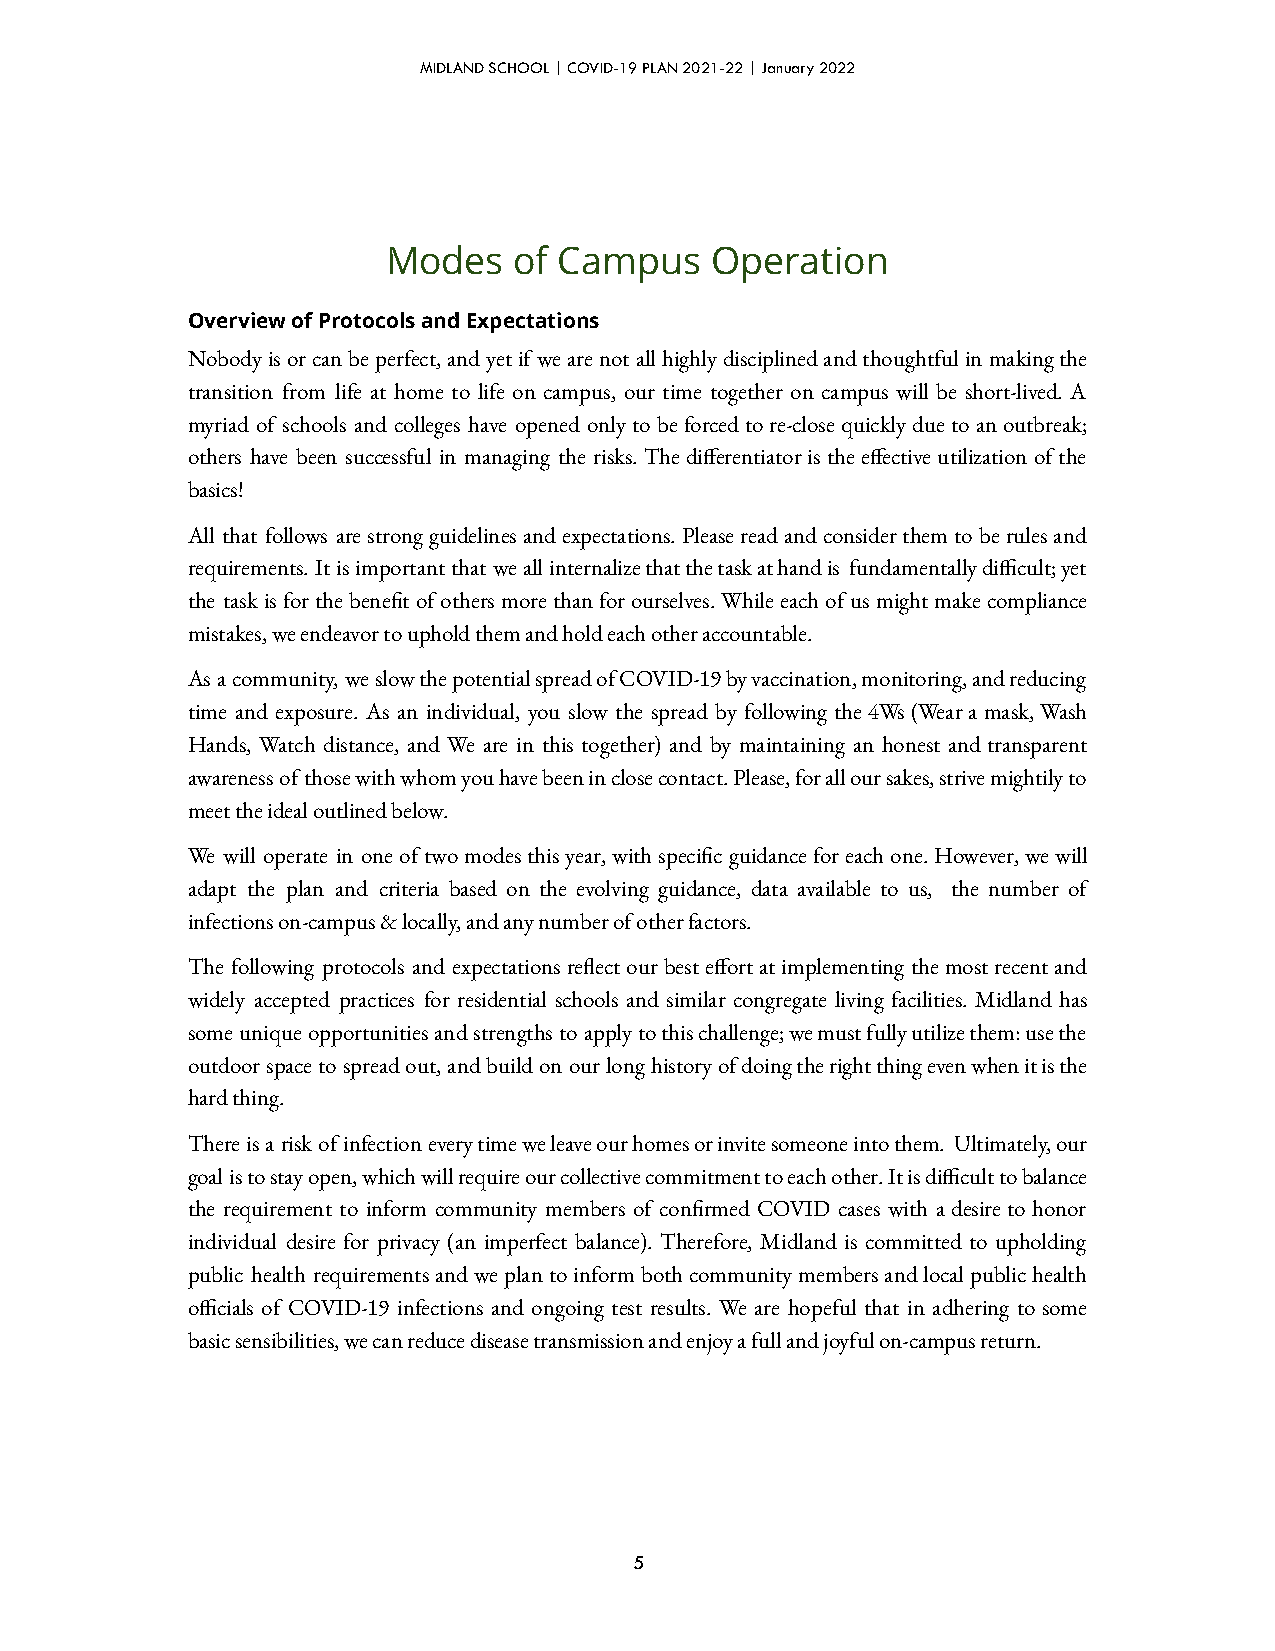
MIDLAND SCHOOL | COVID-19 PLAN 2021-22 | January 2022
 Modes   of Campus    Operation
 Overview of Protocols and Expectations
 Nobodyisorcanbeperfect,andyetifwearenotallhighlydisciplinedandthoughtfulinmakingthe
 transition from life at home to life on campus, our time together on campus will be short-lived. A
 myriad of schools and colleges have opened onlytobeforcedtore-closequicklyduetoanoutbreak;
 others have been successful in managing the risks.Thedierentiatoristheeectiveutilizationofthe
 basics!
 All that follows arestrongguidelinesandexpectations.Pleasereadandconsiderthemtoberulesand
 requirements.Itisimportantthatweallinternalizethatthetaskathandis fundamentallydicult;yet
 the taskisforthebenetofothersmorethanforourselves.Whileeachofusmightmakecompliance
 mistakes, we endeavor to uphold them and hold each other accountable.
 Asacommunity,weslowthepotentialspreadofCOVID-19byvaccination,monitoring,andreducing
 time and exposure. As an individual, you slow the spread by followingthe4Ws(Wearamask,Wash
 Hands, Watch distance, and We are in this together) and by maintaining an honest andtransparent
 awarenessofthosewithwhomyouhavebeeninclosecontact.Please,foralloursakes,strivemightilyto
 meet the ideal outlined below.
 We will operate in oneoftwomodesthisyear,withspecicguidanceforeachone.However,wewill
 adapt the plan and criteria based on the evolving guidance, data available to us, the number of
 infections on-campus & locally, and any number of other factors.
 The following protocols and expectationsreectourbesteortatimplementingthemostrecentand
 widely accepted practices for residential schools and similar congregate living facilities. Midland has
 someuniqueopportunitiesandstrengthstoapplytothischallenge;wemustfullyutilizethem:usethe
 outdoorspacetospreadout,andbuildonourlonghistoryofdoingtherightthingevenwhenitisthe
 hard thing.
 Thereisariskofinfectioneverytimeweleaveourhomesorinvitesomeoneintothem. Ultimately,our
 goalistostayopen,whichwillrequireourcollectivecommitmenttoeachother.Itisdiculttobalance
 the requirement to inform community members of conrmed COVID cases with adesiretohonor
 individual desire for privacy (an imperfect balance). Therefore, Midland is committed to upholding
 public health requirementsandweplantoinformbothcommunitymembersandlocalpublichealth
 ocials of COVID-19 infections and ongoing test results. We are hopeful that in adhering tosome
 basic sensibilities, we can reduce disease transmission and enjoy a full and joyful on-campus return.
 5